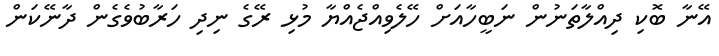
އޭނާ ބޮކި ދިއްލާތަނުން ނަބީހާއަށް ހޭލެވިއްޖެއްޔާ މުޅި ރޭގެ ނިދި ހަރާބުވެގެން ދާނޭކަން